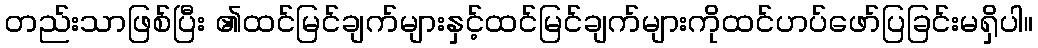
တည်းသာဖြစ်ပြီး ၏ထင်မြင်ချက်များနှင့်ထင်မြင်ချက်များကိုထင်ဟပ်ဖော်ပြခြင်းမရှိပါ။